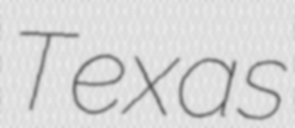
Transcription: Texas